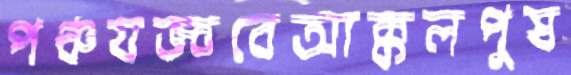
পঞ্চযজ্ঞবেআক্কলপুষ